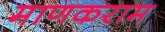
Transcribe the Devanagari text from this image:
माणकराम